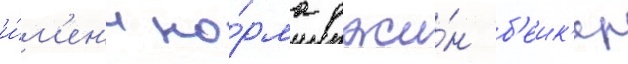
и́м'ен'и но́рма джи́н б'еик'ер